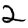
Digit: 2